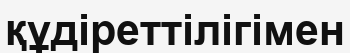
құдіреттілігімен